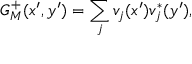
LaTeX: G _ { M } ^ { + } ( x ^ { \prime } , y ^ { \prime } ) = \sum _ { j } v _ { j } ( x ^ { \prime } ) v _ { j } ^ { * } ( y ^ { \prime } ) ,